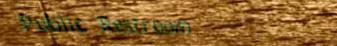
Public Restroom